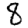
Digit: 8